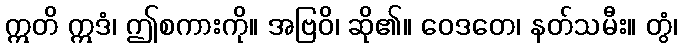
ဣတိ ဣဒံ၊ ဤစကားကို။ အဗြဝိ၊ ဆို၏။ ဝေဒတေ၊ နတ်သမီး။ တွံ၊